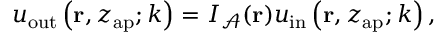
\begin{array} { r } { u _ { \mathrm { o u t } } \left( \mathbf { r } , z _ { \mathrm { a p } } ; k \right) = I _ { \mathcal { A } } ( \mathbf { r } ) u _ { \mathrm { i n } } \left( \mathbf { r } , z _ { \mathrm { a p } } ; k \right) , } \end{array}